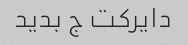
دایرکت ج بدید